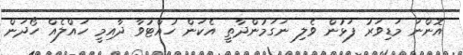
އޮންނަ މަޑިވަރު ފަޅުން ވެލި ނަގަމުންދާތީ އެކަން ހުއްޓުވާ ދާއިމީ ހައްލެއް ހޯދަން